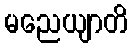
မညေယျာတိ